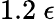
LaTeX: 1.2~\epsilon